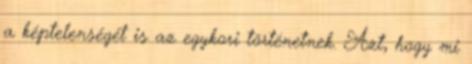
a képtelenségét is az egykori történetnek. Azt, hogy mi